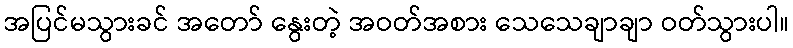
အပြင်မသွားခင် အတော် နွေးတဲ့ အဝတ်အစား သေသေချာချာ ဝတ်သွားပါ။